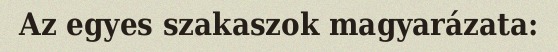
Az egyes szakaszok magyarázata: